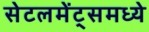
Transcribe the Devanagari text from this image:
सेटलमेंट्‌समध्ये